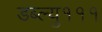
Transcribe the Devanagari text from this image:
डब्ल्यु१११